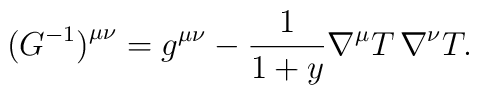
\bigl ( G^{-1} \bigr ) ^{\mu \nu} = g^{\mu\nu} -\frac{1}{1+y} \nabla^\mu T \thinspace \nabla^\nu T.